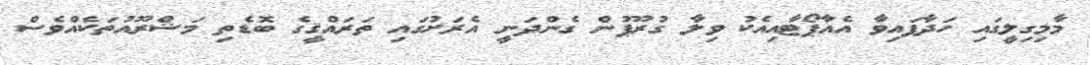
މާމިގިލީގައި ހަދާފައިވާ އެއާޕޯޓާއިއެކު ވިލާ ގުރޫޕުން ގެންދަނީ އެރަށުގައި ތަރައްޤީގެ ބޮޑެތި މަޝްރޫއުތަކެއްވެސް